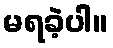
မရခဲ့ပါ။